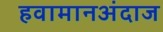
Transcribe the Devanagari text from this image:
हवामानअंदाज